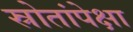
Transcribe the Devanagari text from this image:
स्रोतांपेक्षा